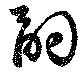
嗣